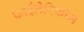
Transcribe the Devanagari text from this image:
फाईलेरिफॉर्म